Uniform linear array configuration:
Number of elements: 48
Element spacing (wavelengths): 1
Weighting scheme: binomial
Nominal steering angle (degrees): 15
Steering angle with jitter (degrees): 13.946
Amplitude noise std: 0.05
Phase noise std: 0.05

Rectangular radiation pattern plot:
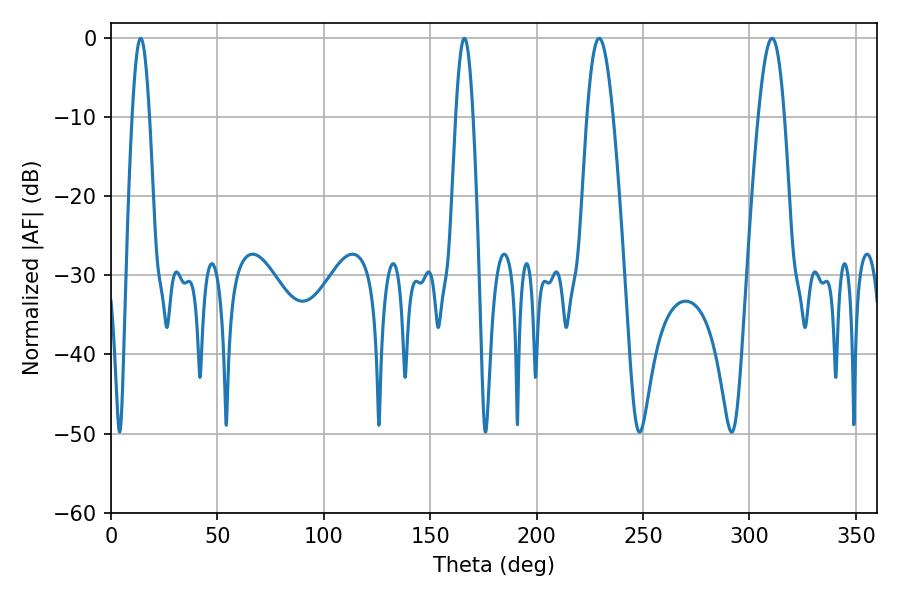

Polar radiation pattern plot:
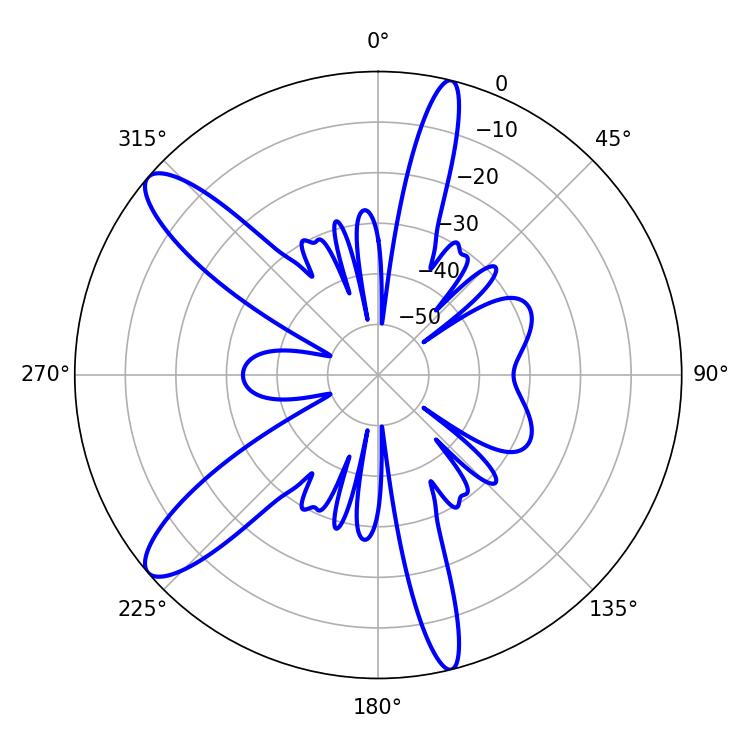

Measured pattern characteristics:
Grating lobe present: TRUE
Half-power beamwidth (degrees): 6.48
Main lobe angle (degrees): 229.32